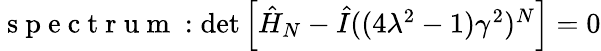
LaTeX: \begin{array}{r}{\mathrm{~s~p~e~c~t~r~u~m~}:\operatorname*{det}\left[\hat{H}_{N}-\hat{I}((4\lambda^{2}-1)\gamma^{2})^{N}\right]=0}\end{array}